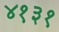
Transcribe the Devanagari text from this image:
४१३१